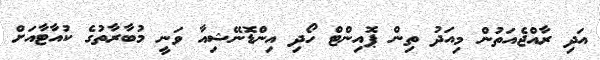
އަދި ރާއްޖެއަތުން މިއަދު ތިން ޕޮއިންޓް ހޯދި އިންޑޮނޭޝިއާ ވަނީ މުބާރާތުގެ ކުއާޓާއަށް